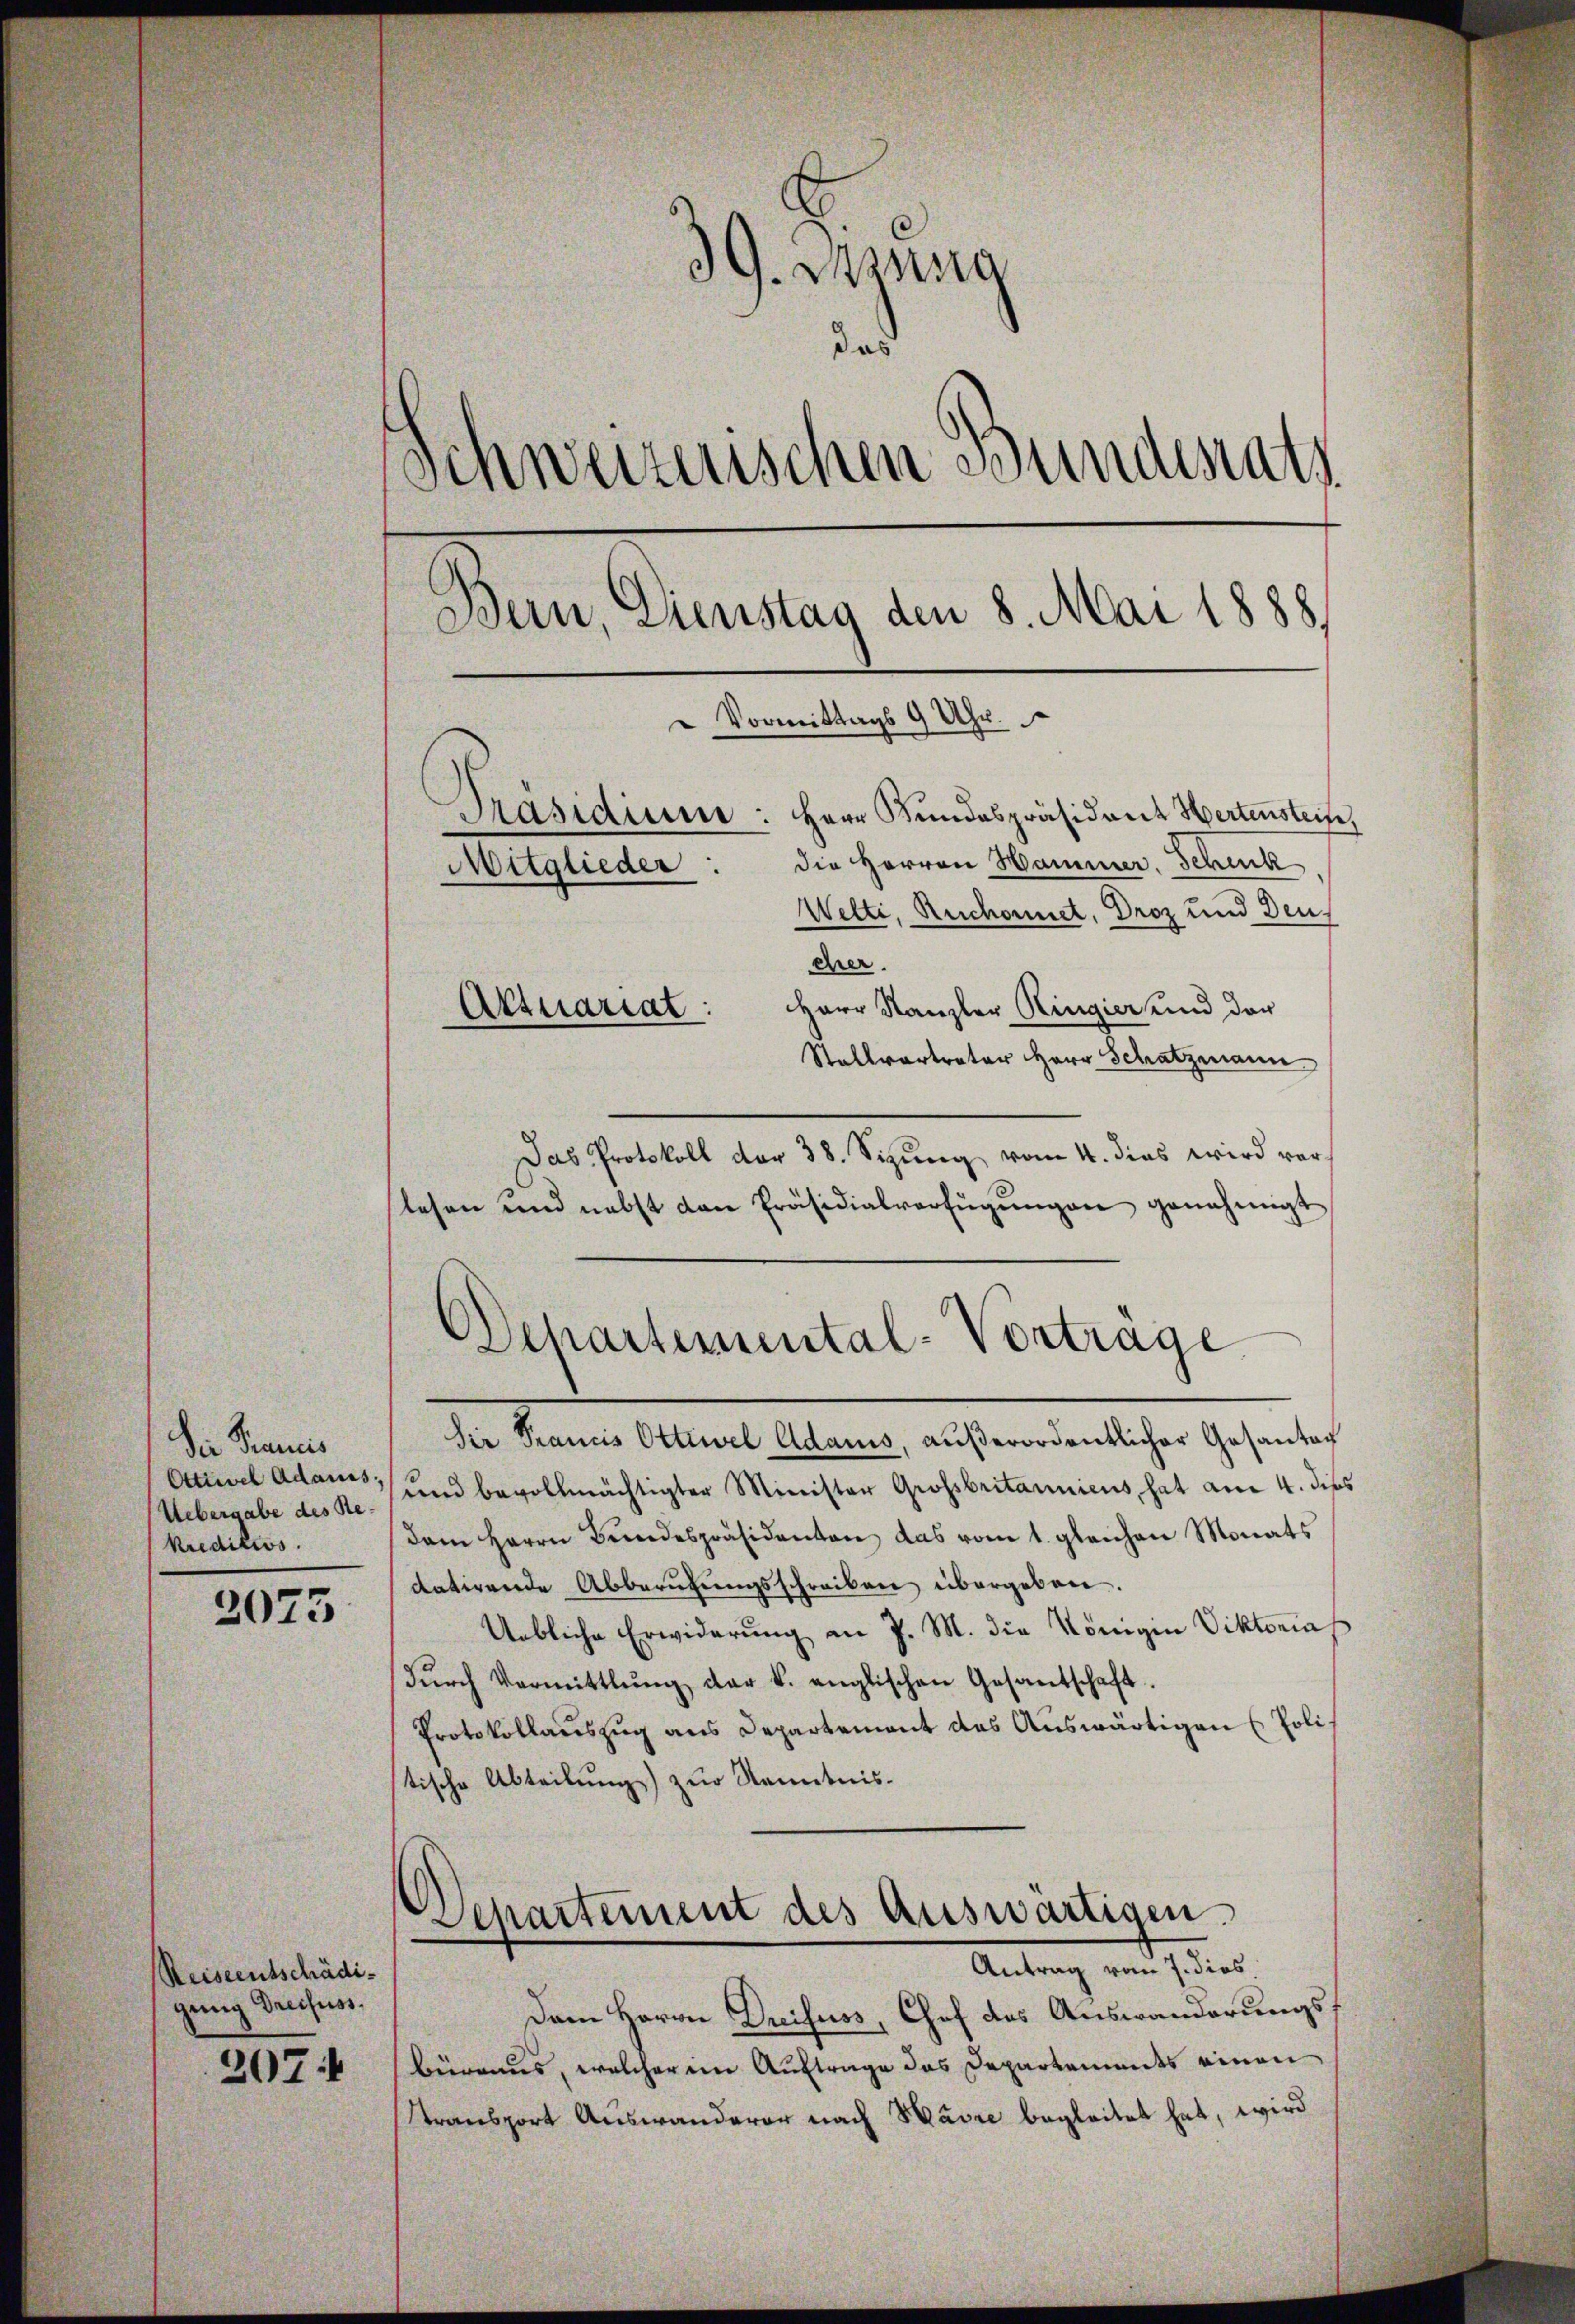
Die Francis
Otttel Adamus;
Uebergabe des Rekredicis.

2073

Reiseentschädigung Dreifuss.

207 f

39. Mang
das
Schweizerischen Bundesrath
Bern, Dienstag den 8. Mai 1888
 Vormittags 9 Uhr.
Präsidium: Herr Kundespräsident Hertensteife
die Herren Hammer, Schenk
Mitglieder
Welti, Ruchornet, Droz und Deut
cher
Herr Kanzler Ringier und der
Aktuariat:

Stallvertreter Herr Schatzmann

Das Protokoll der 38. Sizung vom 4. dies wird vorlesen und nebst dan Präsidialverfügŭngen genehmigt
Departemental-Vortrage
Sir Francis Ottiwel Adams, außerordentlicher Gesantech
und bevollmächtigter Minister Grossbritanniens, hat am 4. dies
dem Herrn Bundespräsidenten das vom 1. gleichen Monats
datirende Abberŭtŭngsschreiben übergeben.
Uebliche Erwiderung an J. M. die Königen Viktorias
dŭrch Vormittlŭng der k. englischen Gesantschaft.
Protokollauszug aus Departement das Auswärtigen Polistische Abteilung) zur Kenntnis-

Departement des Auswärtigen.
Antrag vom 7. dies

Dem Herrn Dreifuss, Chef des Auswanderungsbüreaus, welcheren Auftrage das Departements einen
Transport Auswanderer nach Havre begleitet hat, wird